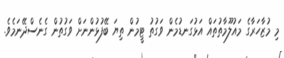
މި މުޒާހަރާގެ މައުލޫމާތުތައް އަޅުގަނޑުމެން ވަގުތު ޓީމުން ތިޔަ ބޭފުޅުންނަށް ވަގުތުން ގެނެސްދޭނަމެވެ.